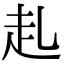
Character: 𧺇